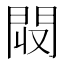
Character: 𨳟